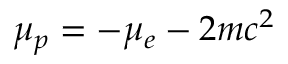
\mu _ { p } = - \mu _ { e } - 2 m c ^ { 2 }